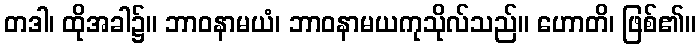
တဒါ၊ ထိုအခါ၌။ ဘာဝနာမယံ၊ ဘာဝနာမယကုသိုလ်သည်။ ဟောတိ၊ ဖြစ်၏။